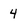
Character: 4